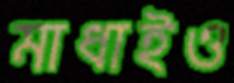
মাধাইও